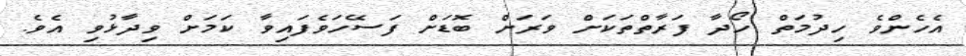
އެހެންވެ ހިދުމަތް ހޯދާ ފަރާތްތަކަށް ވަރަށް ބޮޑަށް ފަސޭހަވެފައިވާ ކަމަށް ވިދާޅުވި އެވެ.